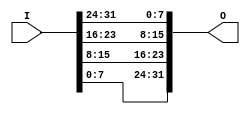
//
// byte_swap.v - Reverses the order of bytes in a field
//

module byte_swap #
(
    parameter DW = 32    
)
(
    input  [DW-1:0] I,
    output [DW-1:0] O
);  

// Compute how many bytes are in the input/output
localparam BC = DW / 8;

genvar i;
for (i=0; i<BC; i=i+1) begin
    assign O[i*8 +:8] = I[(BC-1-i)*8 +:8];
end 


endmodule